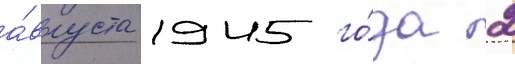
а́вгуста 1945 го́да 2